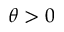
\theta > 0